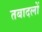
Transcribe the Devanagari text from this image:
तबादलों